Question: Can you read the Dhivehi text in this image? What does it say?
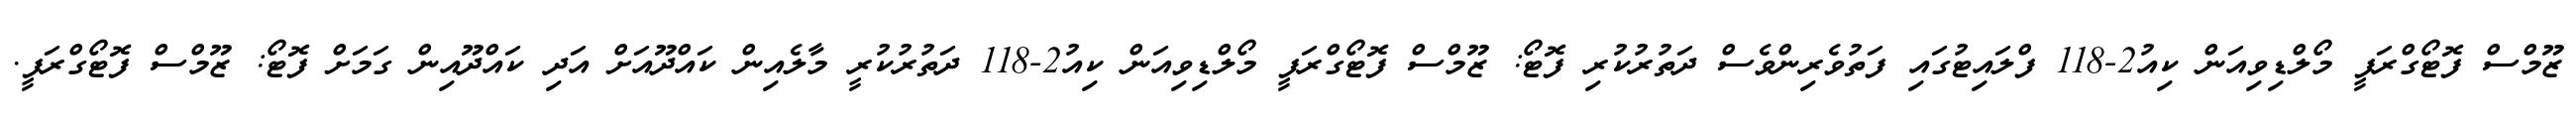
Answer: ޒޫމްސް ފޮޓޯގްރަފީ މޯލްޑިވިއަން ކިއު2-118 ފްލައިޓުގައި ފަތުވެރިންވެސް ދަތުރުކުރި ފޮޓޯ: ޒޫމްސް ފޮޓޯގްރަފީ މޯލްޑިވިއަން ކިއު2-118 ދަތުރުކުރީ މާލެއިން ކައްދޫއަށް އަދި ކައްދޫއިން ގަމަށް ފޮޓޯ: ޒޫމްސް ފޮޓޯގްރަފީ.